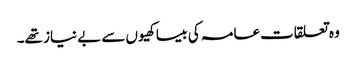
وہ تعلقات عامہ کی بیساکھیوں سے بے نیاز تھے۔